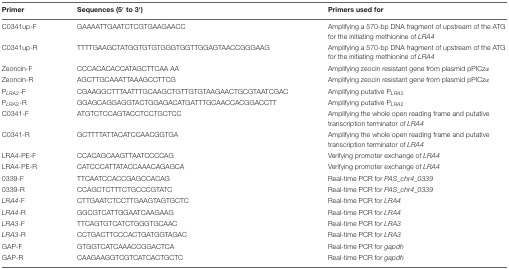
| Primer | Sequences (5′ to 3′) | Primers used for |
 | --- | --- | --- |
 | C0341up-F | GAAAATTGAATCTCGTGAAGAACC | Amplifying a 570-bp DNA fragment of upstream of the ATG for the initiating methionine of LRA4 |
 | C0341up-R | TTTTGAAGCTATGGTGTGTGGGTGGTTGGAGTAACCGGGAAG | Amplifying a 570-bp DNA fragment of upstream of the ATG for the initiating methionine of LRA4 |
 | Zeoncin-F | CCCACACACCATAGCTTCAA AA | Amplifying zeocin resistant gene from plasmid pPICzα |
 | Zeoncin-R | AGCTTGCAAATTAAAGCCTTCG | Amplifying zeocin resistant gene from plasmid pPICzα |
 | PLRA2-F | CGAAGGCTTTAATTTGCAAGCTGTTGTGTAAGAACTGCGTAATCGAC | Amplifying putative PLRA2 |
 | PLRA2-R | GGAGCAGGAGGTACTGGAGACATGATTTGCAACCACGGACCTT | Amplifying putative PLRA2 |
 | C0341-F | ATGTCTCCAGTACCTCCTGCTCC | Amplifying the whole open reading frame and putative transcription terminator of LRA4 |
 | C0341-R | GCTTTTATTACATCCAACGGTGA | Amplifying the whole open reading frame and putative transcription terminator of LRA4 |
 | LRA4-PE-F | CCACAGCAAGTTAATCCCCAG | Verifying promoter exchange of LRA4 |
 | LRA4-PE-R | CATCCCATTATACCAAACAGAGCA | Verifying promoter exchange of LRA4 |
 | 0339-F | TTCAATCCACCGAGCCACAG | Real-time PCR for PAS_chr4_0339 |
 | 0339-R | CCAGCTCTTTCTGCCCGTATC | Real-time PCR for PAS_chr4_0339 |
 | LRA4-F | CTTGAATCTCCTTGAAGTAGTGCTC | Real-time PCR for LRA4 |
 | LRA4-R | GGCGTCATTGGAATCAAGAAG | Real-time PCR for LRA4 |
 | LRA3-F | TTCAGTGTCATCTGGGTGCAAC | Real-time PCR for LRA3 |
 | LRA3-R | CCTGACTTCCCACTGATGGTAGAC | Real-time PCR for LRA3 |
 | GAP-F | GTGGTCATCAAACCGGACTCA | Real-time PCR for gapdh |
 | GAP-R | CAAGAAGGTCGTCATCACTGCTC | Real-time PCR for gapdh |